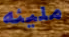
مليئه